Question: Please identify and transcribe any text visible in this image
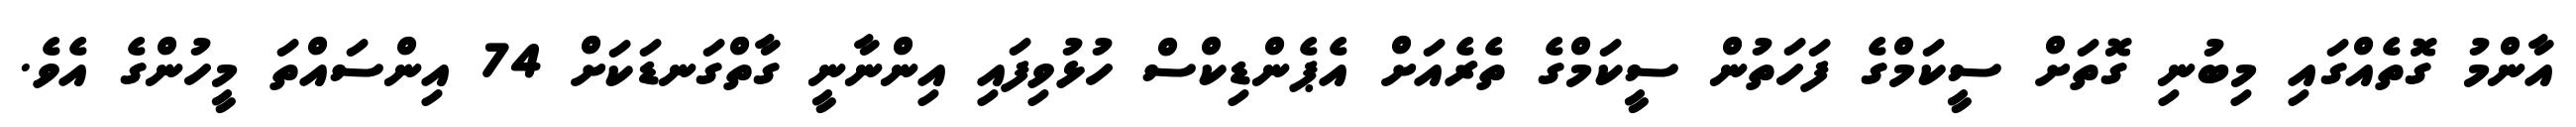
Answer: އާންމު ގޮތެއްގައި މިބުނި ގޮތަށް ސީކަމްގެ ފަހަތުން ސީކަމްގެ ތެރެއަށް އެޕެންޑިކްސް ހުޅުވިފައި އިންނާނީ ގާތްގަނޑަކަށް 74 އިންސައްތަ މީހުންގެ އެވެ.